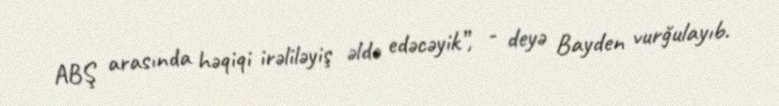
ABŞ arasında həqiqi irəliləyiş əldə edəcəyik”, - deyə Bayden vurğulayıb.